Indian journal of veterinary science and animal husbandry - Volume 3,
Year: 1933
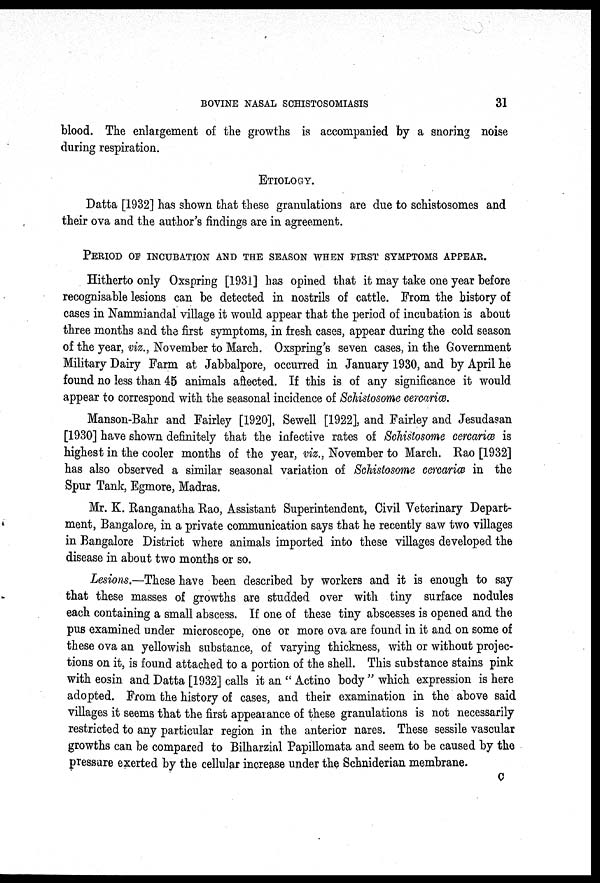
BOVINE NASAL SCHISTOSOMIASIS
31
blood. The enlargement of the growths is accompanied by a snoring noise
during respiration.
ETIOLOGY.
Datta [1932] has shown that these granulations are due to schistosomes and
their ova and the author's findings are in agreement.
PERIOD OF INCUBATION AND THE SEASON WHEN FIRST SYMPTOMS APPEAR.
Hitherto only Oxspring [1931] has opined that it may take one year before
recognisable lesions can be detected in nostrils of cattle. From the history of
cases in Nammiandal village it would appear that the period of incubation is about
three months and the first symptoms, in fresh cases, appear during the cold season
of the year, viz., November to March. Oxspring's seven cases, in the Government
Military Dairy Farm at Jabbalpore, occurred in January 1930, and by April he
found no less than 45 animals affected. If this is of any significance it would
appear to correspond with the seasonal incidence of Schistosome cercariæ.
Manson-Bahr and Fairley [1920], Sewell [1922], and Fairley and Jesudasan
[1930] have shown definitely that the infective rates of Schistosome cercariæ is
highest in the cooler months of the year, viz., November to March. Rao [1932]
has also observed a similar seasonal variation of Schistosome cercariæ in the
Spur Tank, Egmore, Madras.
Mr. K. Ranganatha Rao, Assistant Superintendent, Civil Veterinary Depart-
ment, Bangalore, in a private communication says that he recently saw two villages
in Bangalore District where animals imported into these villages developed the
disease in about two months or so.
Lesions.—These have been described by workers and it is enough to say
that these masses of growths are studded over with tiny surface nodules
each containing a small abscess. If one of these tiny abscesses is opened and the
pus examined under microscope, one or more ova are found in it and on some of
these ova an yellowish substance, of varying thickness, with or without projec-
tions on it, is found attached to a portion of the shell. This substance stains pink
with eosin and Datta [1932] calls it an " Actino body " which expression is here
adopted. From the history of cases, and their examination in the above said
villages it seems that the first appearance of these granulations is not necessarily
restricted to any particular region in the anterior nares. These sessile vascular
growths can be compared to Bilharzial Papillomata and seem to be caused by the
pressure exerted by the cellular increase under the Schniderian membrane.
C